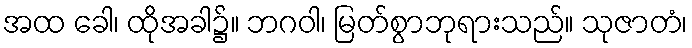
အထ ခေါ၊ ထိုအခါ၌။ ဘဂဝါ၊ မြတ်စွာဘုရားသည်။ သုဇာတံ၊